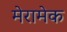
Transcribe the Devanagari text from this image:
मेरामेक